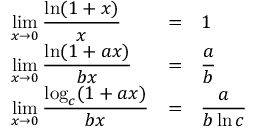
{ \begin{array} { l c l } { \displaystyle \operatorname* { l i m } _ { x \to 0 } { \frac { \ln ( 1 + x ) } { x } } } & { = } & { 1 } \\ { \displaystyle \operatorname* { l i m } _ { x \to 0 } { \frac { \ln ( 1 + a x ) } { b x } } } & { = } & { \displaystyle { \frac { a } { b } } } \\ { \displaystyle \operatorname* { l i m } _ { x \to 0 } { \frac { \log _ { c } ( 1 + a x ) } { b x } } } & { = } & { \displaystyle { \frac { a } { b \ln c } } } \end{array} }